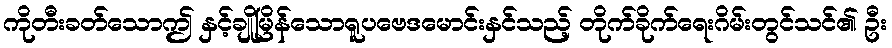
ကိုတီးခတ်သောဤ နှင့်ချိုမြိန်သောရူပဗေဒမောင်းနှင်သည့် တိုက်ခိုက်ရေးဂိမ်းတွင်သင်၏ ဦး